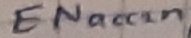
Text: ENacc2n